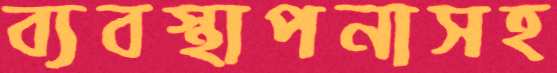
ব্যবস্থাপনাসহ